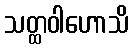
သတ္ထဝါဟောသိ